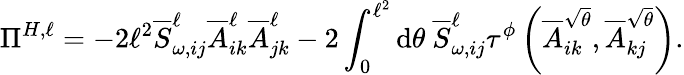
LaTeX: \Pi^{H,\ell}=-2\ell^{2}\overline{{S}}_{\omega,ij}^{\ell}\overline{{A}}_{ik}^{\ell}\overline{{A}}_{jk}^{\ell}-2\int_{0}^{\ell^{2}}\mathrm{d}\theta~\overline{{S}}_{\omega,ij}^{\ell}\tau^{\phi}\left(\overline{{A}}_{ik}^{\sqrt{\theta}},\overline{{A}}_{kj}^{\sqrt{\theta}}\right).